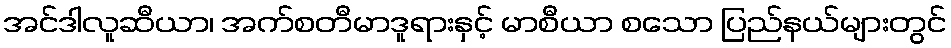
အင်ဒါလူဆီယာ၊ အက်စတီမာဒူရားနှင့် မာစီယာ စသော ပြည်နယ်များတွင်